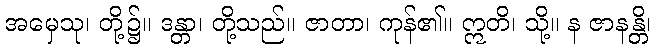
အမှေသု၊ တို့၌။ ဒန္တာ၊ တို့သည်။ ဇာတာ၊ ကုန်၏။ ဣတိ၊ သို့။ န ဇာနန္တိ၊